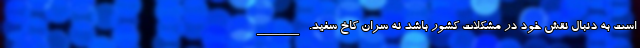
است به دنبال نقش خود در مشکلات کشور باشد نه سران کاخ سفید. ______